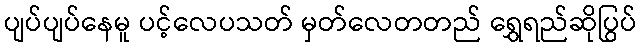
ပျပ်ပျပ်နေမူ ပင့်လေပသတ် မှတ်လေတတည် ရွှေရည်ဆိုပြွပ်